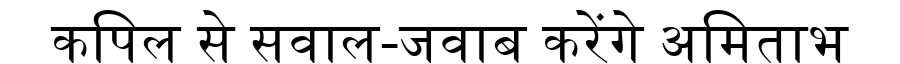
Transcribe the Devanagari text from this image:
कपिल से सवाल-जवाब करेंगे अमिताभ